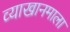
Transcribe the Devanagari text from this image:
व्याखानमाला